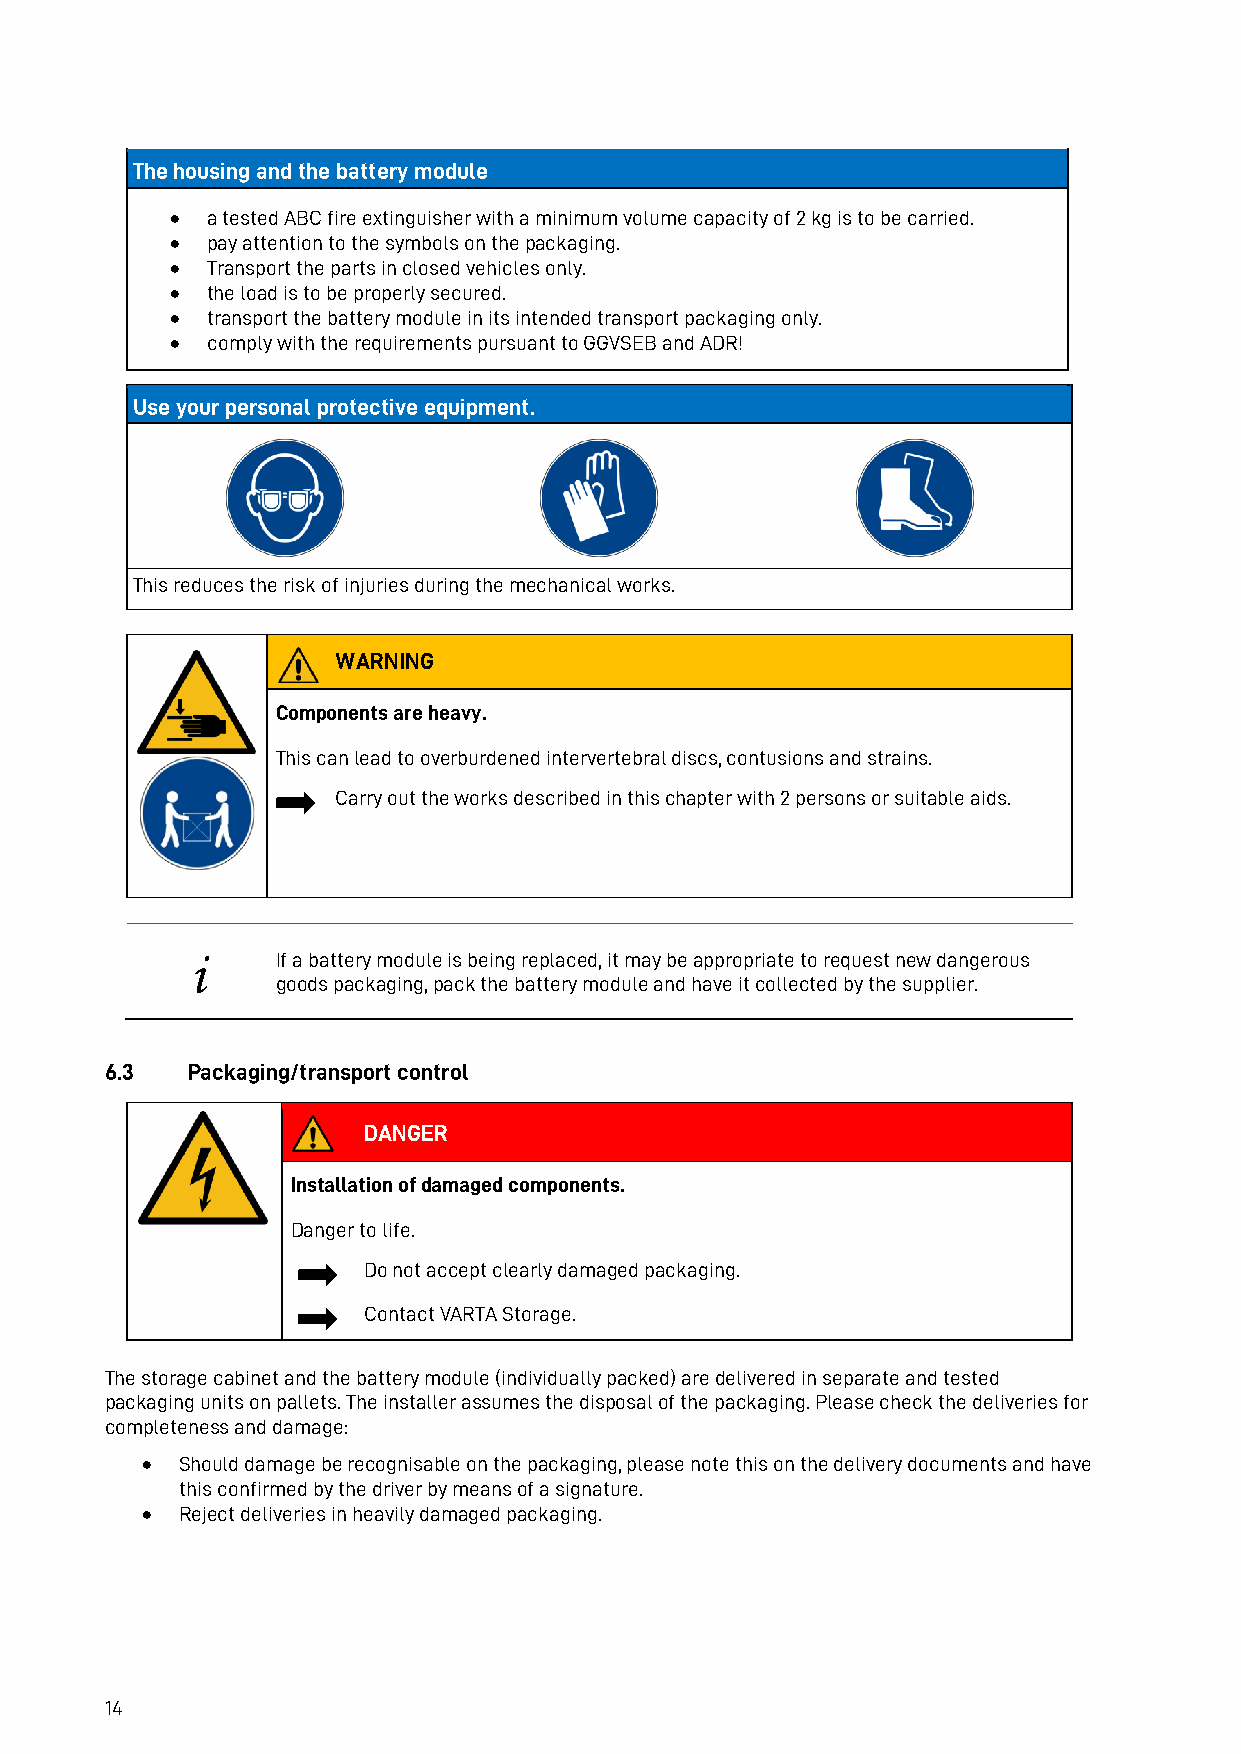
The housing and the battery module
 •  a tested ABC fire extinguisher with a minimum volume capacity of 2 kg is to be carried.
 •  pay attention to the symbols on the packaging.
 •  Transport the parts in closed vehicles only.
 •  the load is to be properly secured.
 •  transport the battery module in its intended transport packaging only.
 •  comply with the requirements pursuant to GGVSEB and ADR!
 Use your personal protective equipment.
 This reduces the risk of injuries during the mechanical works.
 WARNING
 Components are heavy.
 This can lead to overburdened intervertebral discs, contusions and strains.
 Carry out the works described in this chapter with 2 persons or suitable aids.
 i    If a battery module is being replaced, it may be appropriate to request new dangerous
 goods packaging, pack the battery module and have it collected by the supplier.
 6.3  Packaging/transport control
 DANGER
 Installation of damaged components.
 Danger to life.
 Do not accept clearly damaged packaging.
 Contact VARTA Storage.
 The storage cabinet and the battery module (individually packed) are delivered in separate and tested
 packaging units on pallets. The installer assumes the disposal of the packaging. Please check the deliveries for
 completeness and damage:
 •  Should damage be recognisable on the packaging, please note this on the delivery documents and have
 this confirmed by the driver by means of a signature.
 •  Reject deliveries in heavily damaged packaging.
 14